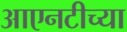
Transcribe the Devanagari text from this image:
आएनटीच्या